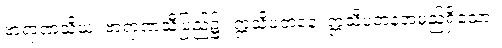
ဗာရာဏသိယံ၊ ဗာရာဏသီပြည်၌။ ဣသိပတနေ၊ ဣသိပတနအမည်ရှိသော။